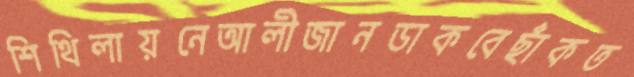
শিথিলায়নেআলীজানডাকবেছাঁকত